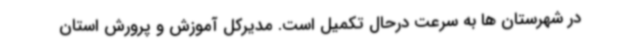
در شهرستان ها به سرعت درحال تکمیل است. مدیرکل آموزش و پرورش استان